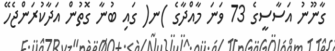
ގާނޫނު އަސާސީގެ 73 ވަނަ މާއްދާގެ )ނ( ގައި ބުނާ ގޮތުން އަދާކުރަންޖެހޭ